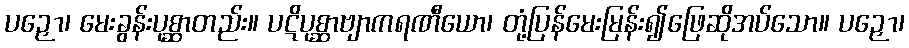
ပဉှော၊ မေးခွန်းပုစ္ဆာတည်း။ ပဋိပုစ္ဆာဗျာကရဏီယော၊ တုံ့ပြန်မေးမြန်း၍ဖြေဆိုအပ်သော။ ပဉှော၊